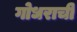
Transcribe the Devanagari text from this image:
गोधराची